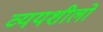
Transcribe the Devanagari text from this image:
व्ययशीलो